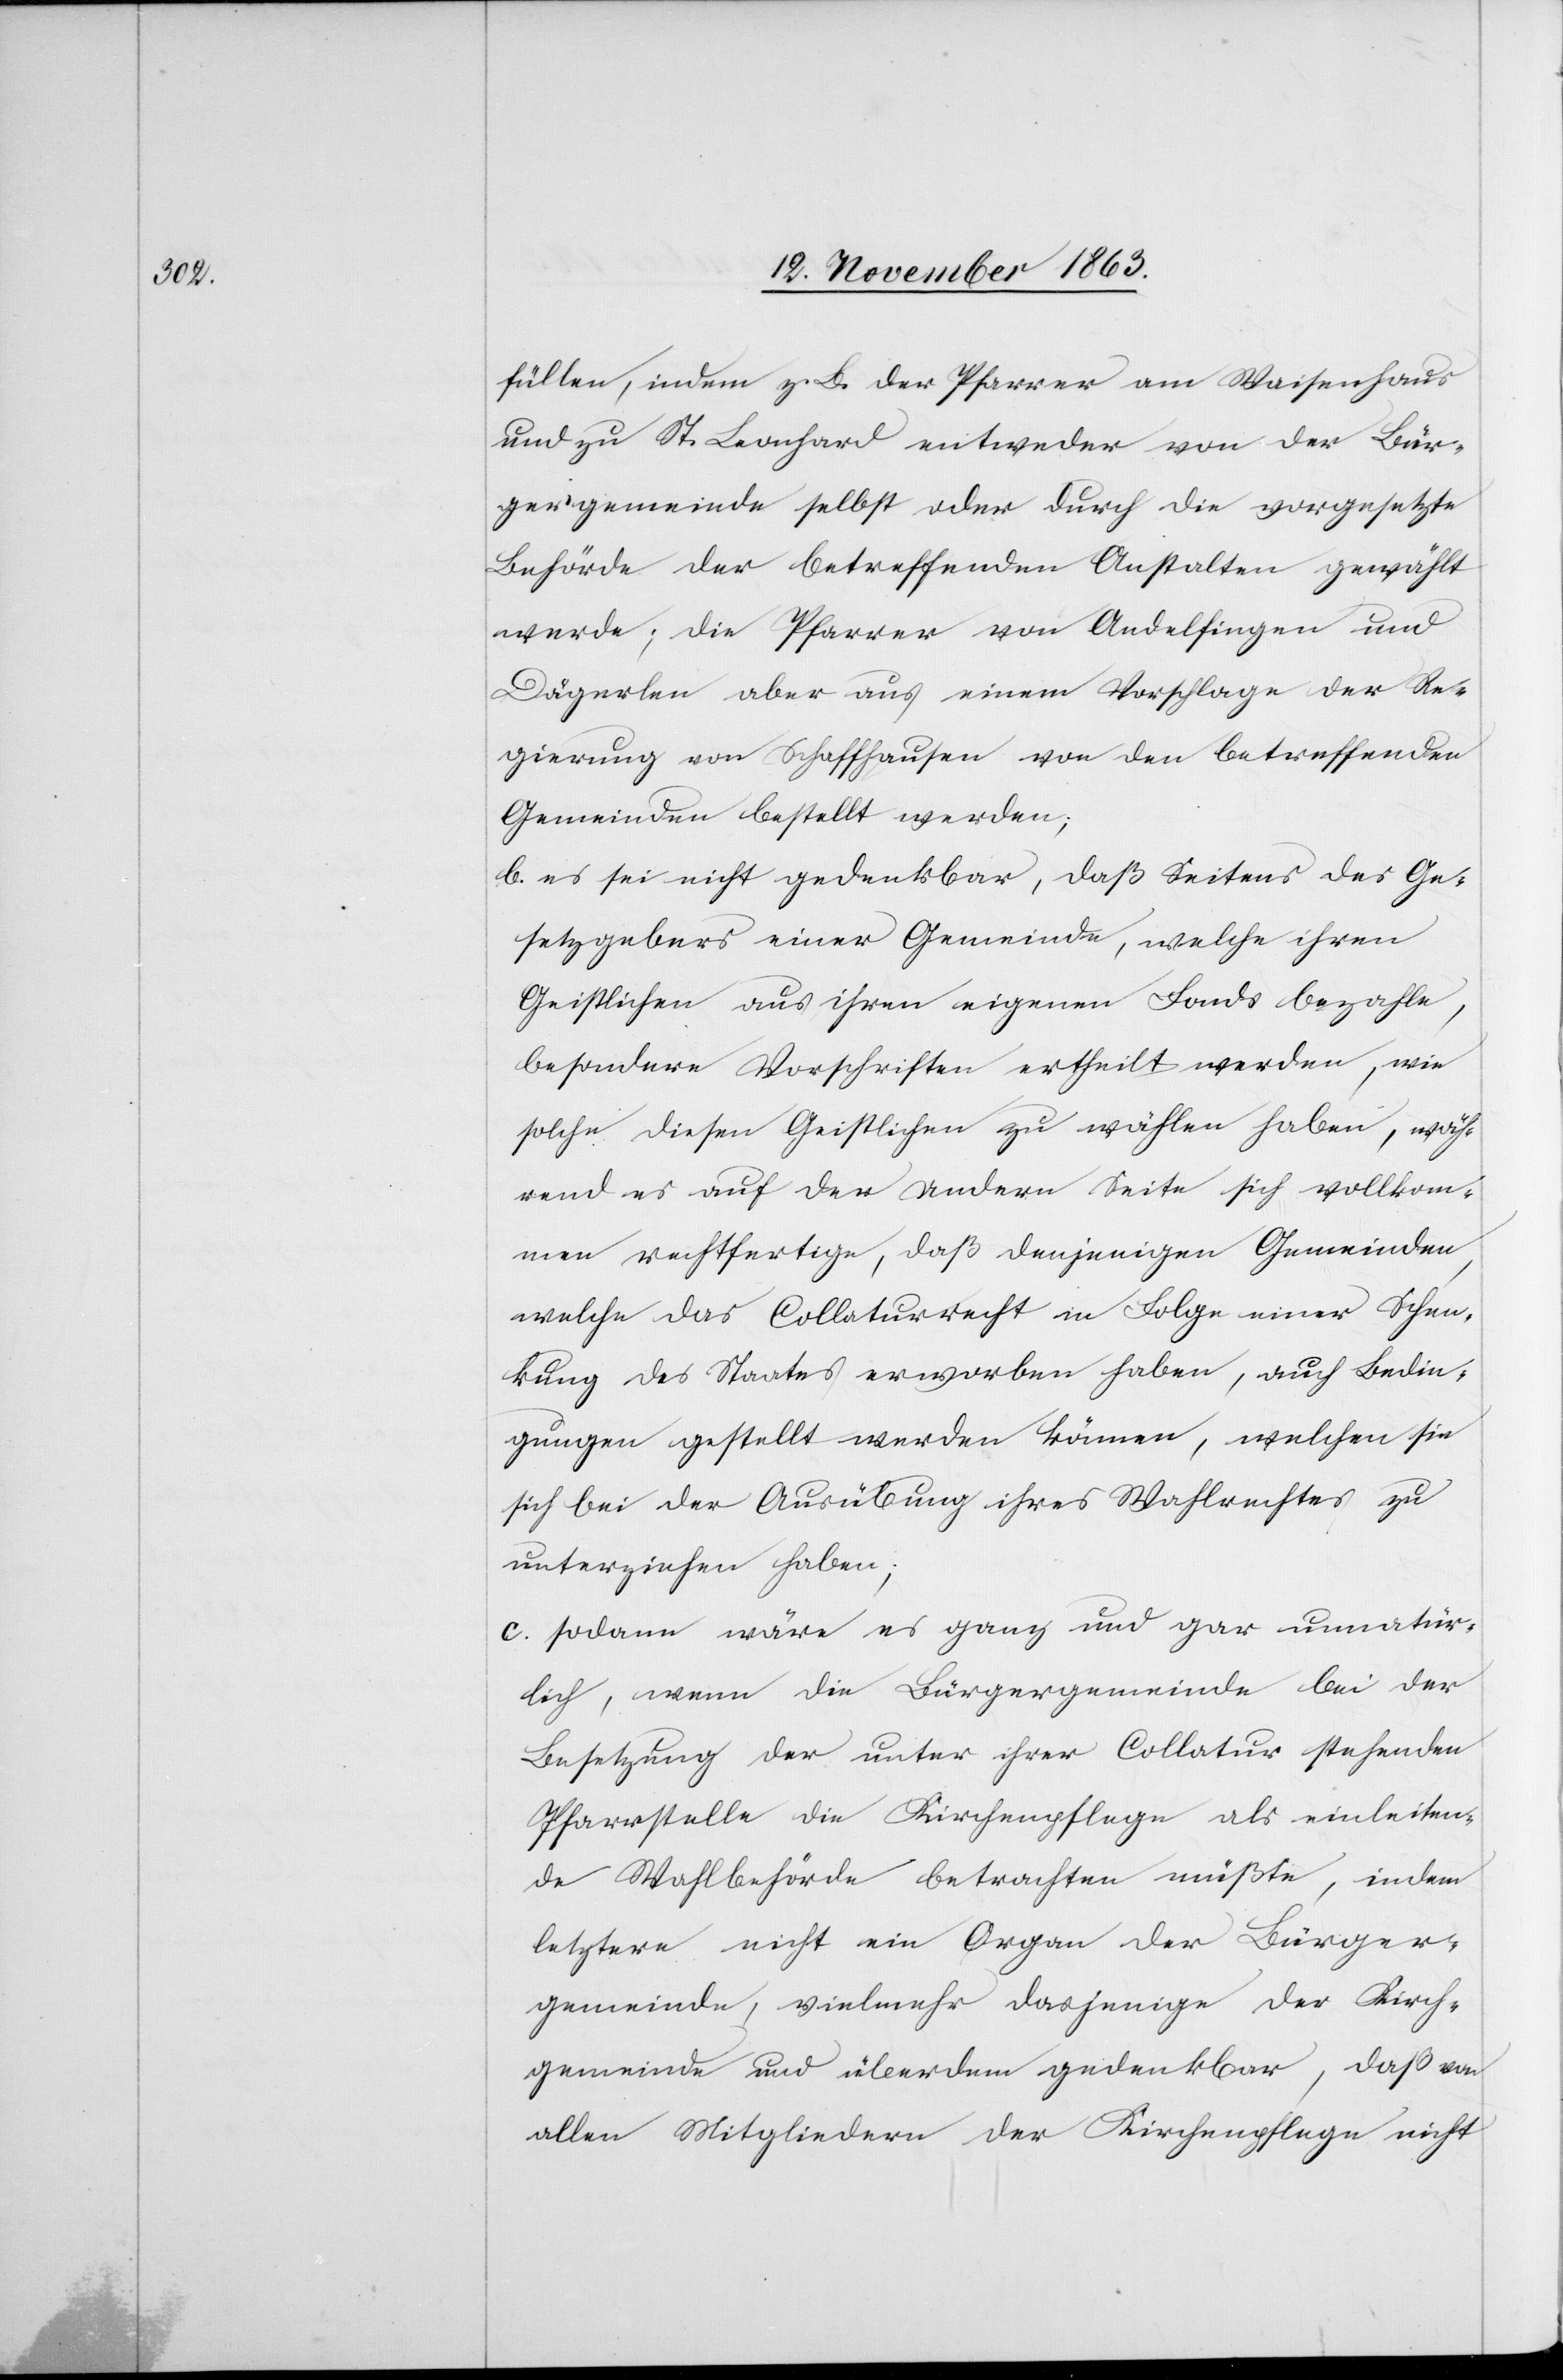
füllen, indem z. B. der Pfarrer am Waisenhaus
und zu St. Leonhard entweder von der Bür¬
gergemeinde selbst oder durch die vorgesetzte
Behörde der betreffenden Anstalten gewählt
werde; die Pfarrer von Andelfingen und
Dägerlen aber aus einem Vorschlage der Re¬
gierung von Schaffhausen von den betreffenden
Gemeinden bestellt werden;
b. es sei nicht gedenkbar, daß Seitens des Ge¬
setzgebers einer Gemeinde, welche ihren
Geistlichen aus ihren eigenen Fonds bezahle,
besondern Vorschriften ertheilt werden, wie
solche diesen Geistlichen zu wählen haben, wäh¬
rend es auf der andern Seite sich vollkom¬
men rechtfertige, daß denjenigen Gemeinden,
welche das Collaturrecht in Folge einer Schen¬
kung des Staates erworben haben, auch Bedin¬
gungen gestellt werden können, welchen sie
sich bei der Ausübung ihres Wahlrechtes zu
unterziehen haben;
c. sodann wäre es ganz und gar unnatür¬
lich, wenn die Bürgergemeinde bei der
Besetzung der unter ihrer Collatur stehenden
Pfarrstelle die Kirchenpflege als einleiten¬
de Wahlbehörde betrachten müßte, indem
letztere nicht ein Organ der Bürger¬
gemeinde, vielmehr dasjenige der Kirch¬
gemeinde und überdem bedenkbar, daß von
allen Mitgliedern der Kirchenpflege nicht